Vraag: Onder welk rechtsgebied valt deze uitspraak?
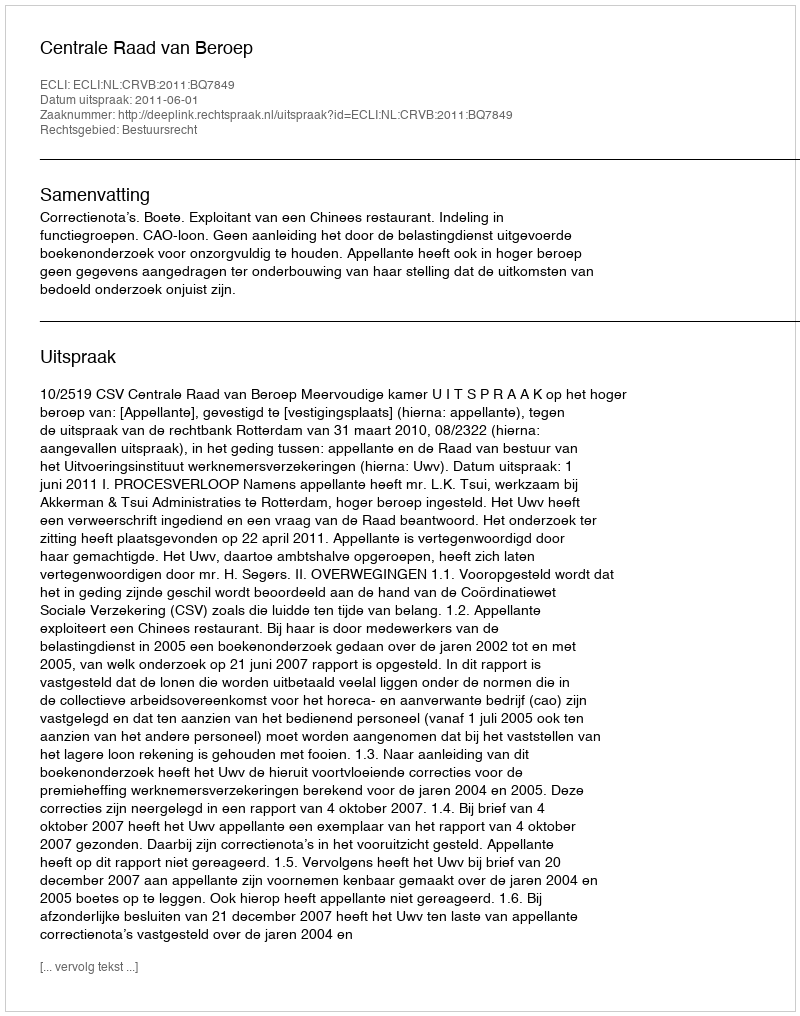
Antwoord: Bestuursrecht